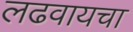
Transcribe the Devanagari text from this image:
लढवायचा